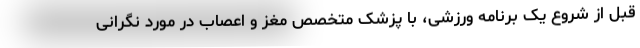
قبل از شروع یک برنامه ورزشی، با پزشک متخصص مغز و اعصاب در مورد نگرانی